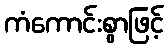
ကံကောင်းစွာဖြင့်